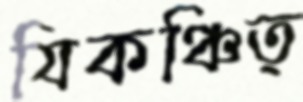
যিকঞ্চিত্